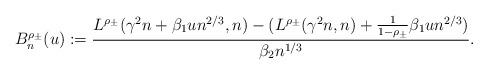
LaTeX: \begin{align*}B^{\rho_{\pm}}_{n}(u):=\frac{L^{\rho_{\pm}}(\gamma^2n+\beta_1 u n^{2/3},n)-(L^{\rho_{\pm}}(\gamma^2 n,n)+\frac{1}{1-\rho_\pm}\beta_1 u n^{2/3})}{\beta_2 n^{1/3}}.\end{align*}